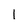
Character: I